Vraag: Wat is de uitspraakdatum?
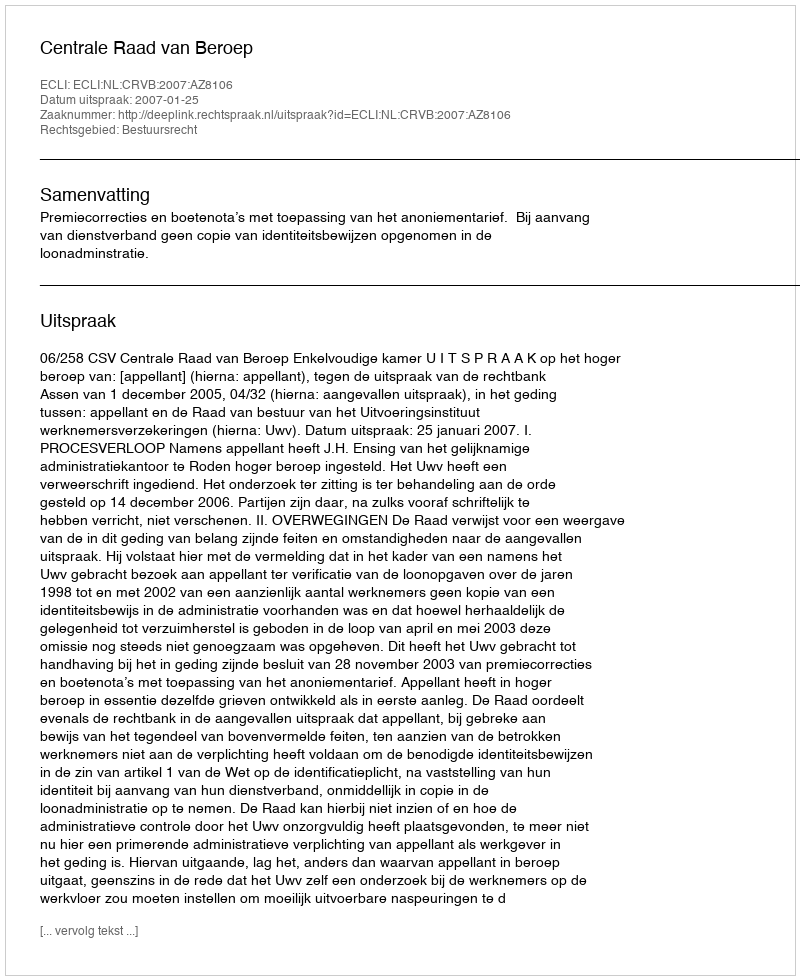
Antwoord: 2007-01-25